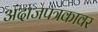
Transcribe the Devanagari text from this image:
अंदाजपत्रकावर